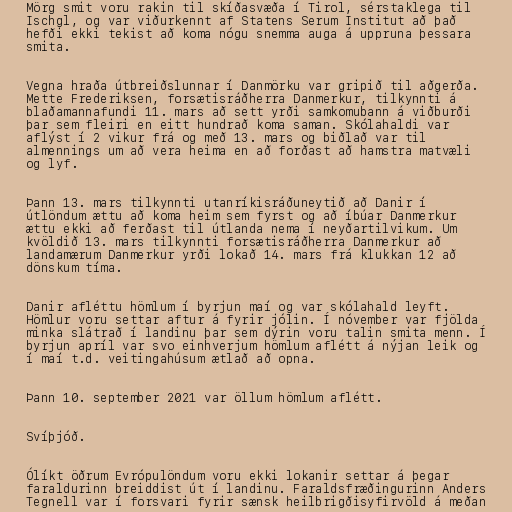
Mörg smit voru rakin til skíðasvæða í Tirol, sérstaklega til
Ischgl, og var viðurkennt af Statens Serum Institut að það
hefði ekki tekist að koma nógu snemma auga á uppruna þessara
smita.

Vegna hraða útbreiðslunnar í Danmörku var gripið til aðgerða.
Mette Frederiksen, forsætisráðherra Danmerkur, tilkynnti á
blaðamannafundi 11. mars að sett yrði samkomubann á viðburði
þar sem fleiri en eitt hundrað koma saman. Skólahaldi var
aflýst í 2 vikur frá og með 13. mars og biðlað var til
almennings um að vera heima en að forðast að hamstra matvæli
og lyf.

Þann 13. mars tilkynnti utanríkisráðuneytið að Danir í
útlöndum ættu að koma heim sem fyrst og að íbúar Danmerkur
ættu ekki að ferðast til útlanda nema í neyðartilvikum. Um
kvöldið 13. mars tilkynnti forsætisráðherra Danmerkur að
landamærum Danmerkur yrði lokað 14. mars frá klukkan 12 að
dönskum tíma.

Danir afléttu hömlum í byrjun maí og var skólahald leyft.
Hömlur voru settar aftur á fyrir jólin. Í nóvember var fjölda
minka slátrað í landinu þar sem dýrin voru talin smita menn. Í
byrjun apríl var svo einhverjum hömlum aflétt á nýjan leik og
í maí t.d. veitingahúsum ætlað að opna.

Þann 10. september 2021 var öllum hömlum aflétt.

Svíþjóð.

Ólíkt öðrum Evrópulöndum voru ekki lokanir settar á þegar
faraldurinn breiddist út í landinu. Faraldsfræðingurinn Anders
Tegnell var í forsvari fyrir sænsk heilbrigðisyfirvöld á meðan